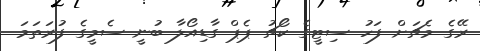
ރޭގެ މެޗަށް ފަހު ސިޓީގެ ކޯޗު ޕެޕް ގާޑިއޯލާ ބުނީ ސެމީގެ ފުރަތަމަ